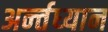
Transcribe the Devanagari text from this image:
अर्न्‍तध्‍यान